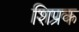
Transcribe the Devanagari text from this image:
शिप्रक